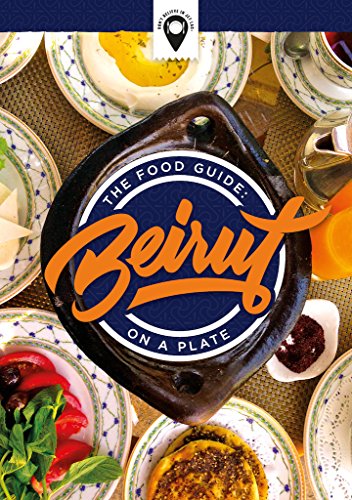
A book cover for The Food Guide: Beirut on a Plate; Travel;